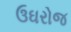
ઉઘરોજ